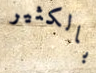
بالكثير